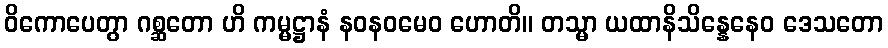
ဝိကောပေတွာ ဂစ္ဆတော ဟိ ကမ္မဋ္ဌာနံ နဝနဝမေဝ ဟောတိ။ တသ္မာ ယထာနိသိန္နေနေဝ ဒေသတော